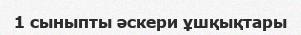
1 сыныпты әскери ұшқықтары